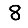
Digit: 8